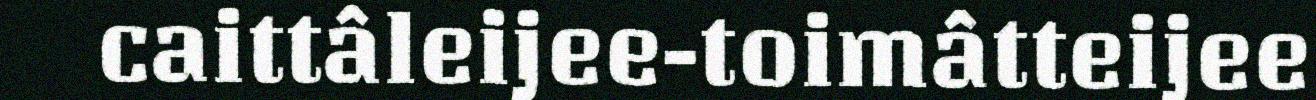
caittâleijee-toimâtteijee